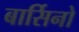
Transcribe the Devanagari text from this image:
बार्सिनो